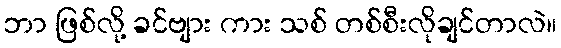
ဘာ ဖြစ်လို့ ခင်ဗျား ကား သစ် တစ်စီးလိုချင်တာလဲ။